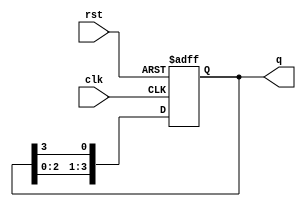
module ring_counter (
    input wire clk,        // Clock signal
    input wire rst,        // Asynchronous reset signal
    output reg [N-1:0] q   // Output of the ring counter
);
    parameter N = 4; // Number of bits in the ring counter

    always @(posedge clk or posedge rst) begin
        if (rst) begin
            q <= 1'b1; // Initialize the counter to 0001
        end else begin
            q <= {q[N-2:0], q[N-1]}; // Shift the '1' to the right
        end
    end
endmodule